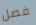
فصل